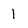
Character: 1